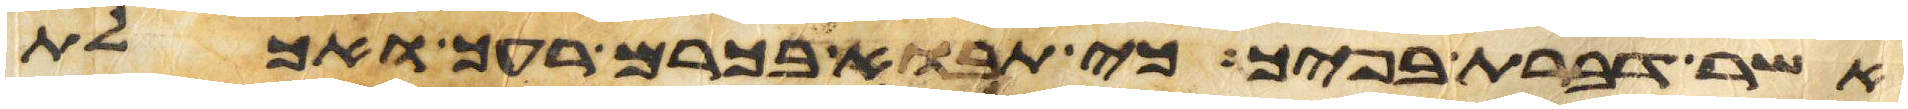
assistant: אשר דברת בפיך כי תבוא בכרם רעך ואכלת